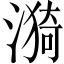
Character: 漪